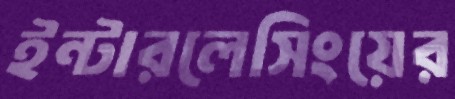
ইন্টারলেসিংয়ের